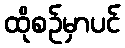
ထိုစဉ်မှာပင်